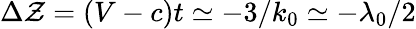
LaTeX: \Delta\mathcal{Z}=(V-c)t\simeq-3/k_{0}\simeq-\lambda_{0}/2